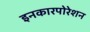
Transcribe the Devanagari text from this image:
इनकारपोरेशन